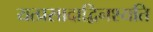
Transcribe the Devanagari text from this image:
यत्प्रसादाद्विनश्यति